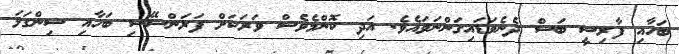
ބަހާއި ފާރިސީ ބަސް ދެނެވަޑައިގަންނަވައެވެ. އަދި ކޮންމެވެސް ވަރަކަށް ފަރަންސޭސި ބަހާއި ސިންގަޅަ